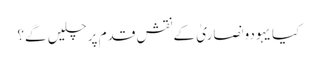
کیا یہودونصاریٰ کے نقشِ قدم پر چلیں گے؟